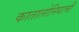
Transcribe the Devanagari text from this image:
कातालोनियाची